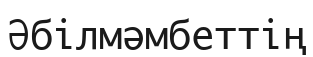
Әбілмәмбеттің